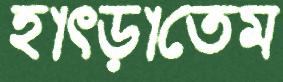
হাৎড়াতেম